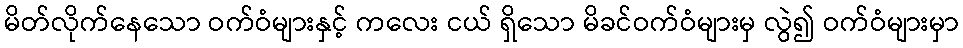
မိတ်လိုက်နေသော ဝက်ဝံများနှင့် ကလေး ငယ် ရှိသော မိခင်ဝက်ဝံများမှ လွဲ၍ ဝက်ဝံများမှာ